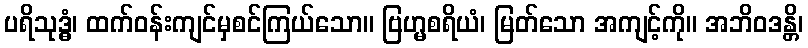
ပရိသုဒ္ဓံ၊ ထက်ဝန်းကျင်မှစင်ကြယ်သော။ ဗြဟ္မစရိယံ၊ မြတ်သော အကျင့်ကို။ အဘိဝဒန္တိ၊